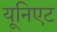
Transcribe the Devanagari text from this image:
यूनिएट